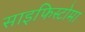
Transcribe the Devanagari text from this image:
साइफिस्टोमा